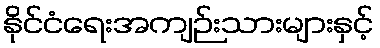
နိုင်ငံရေးအကျဉ်းသားများနှင့်